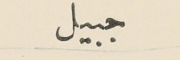
جبيل